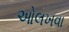
ઓલખવા